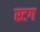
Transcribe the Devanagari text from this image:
स्टग